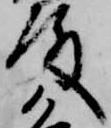
殿